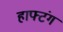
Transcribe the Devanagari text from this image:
हाफ्टंग